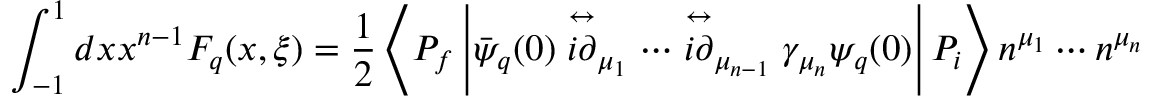
\int _ { - 1 } ^ { 1 } d x x ^ { n - 1 } F _ { q } ( x , \xi ) = { \frac { 1 } { 2 } } \left\langle P _ { f } \left| \bar { \psi } _ { q } ( 0 ) \stackrel { \leftrightarrow } { i \partial } _ { \mu _ { 1 } } \cdots \stackrel \leftrightarrow { i \partial } _ { \mu _ { n - 1 } } \gamma _ { \mu _ { n } } \psi _ { q } ( 0 ) \right| P _ { i } \right\rangle n ^ { \mu _ { 1 } } \cdots n ^ { \mu _ { n } }